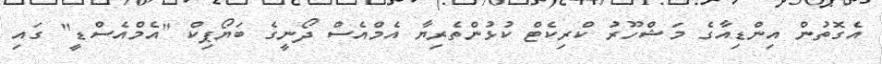
އެގޮތުން އިންޑިއާގެ މަޝްހޫރު ކްރިކެޓް ކުޅުންތެރިޔާ އެމްއެސް ދޯނީގެ ބަޔޯޕިކް "އެމްއެސްޑީ" ގައި